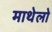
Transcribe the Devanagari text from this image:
माथेलो